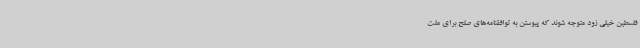
فلسطین خیلی زود متوجه شوند که پیوستن به توافقنامه‌های صلح برای ملت